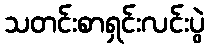
သတင်းစာရှင်းလင်းပွဲ